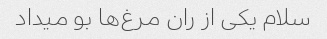
سلام یکی از ران مرغ‌ها بو میداد